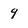
Character: 9